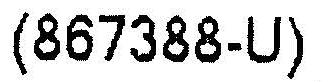
(867388-U)